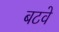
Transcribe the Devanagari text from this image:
बटवे